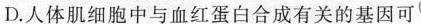
D.人体肌细胞中与血红蛋白合成有关的基因可